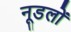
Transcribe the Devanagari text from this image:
नूडलों